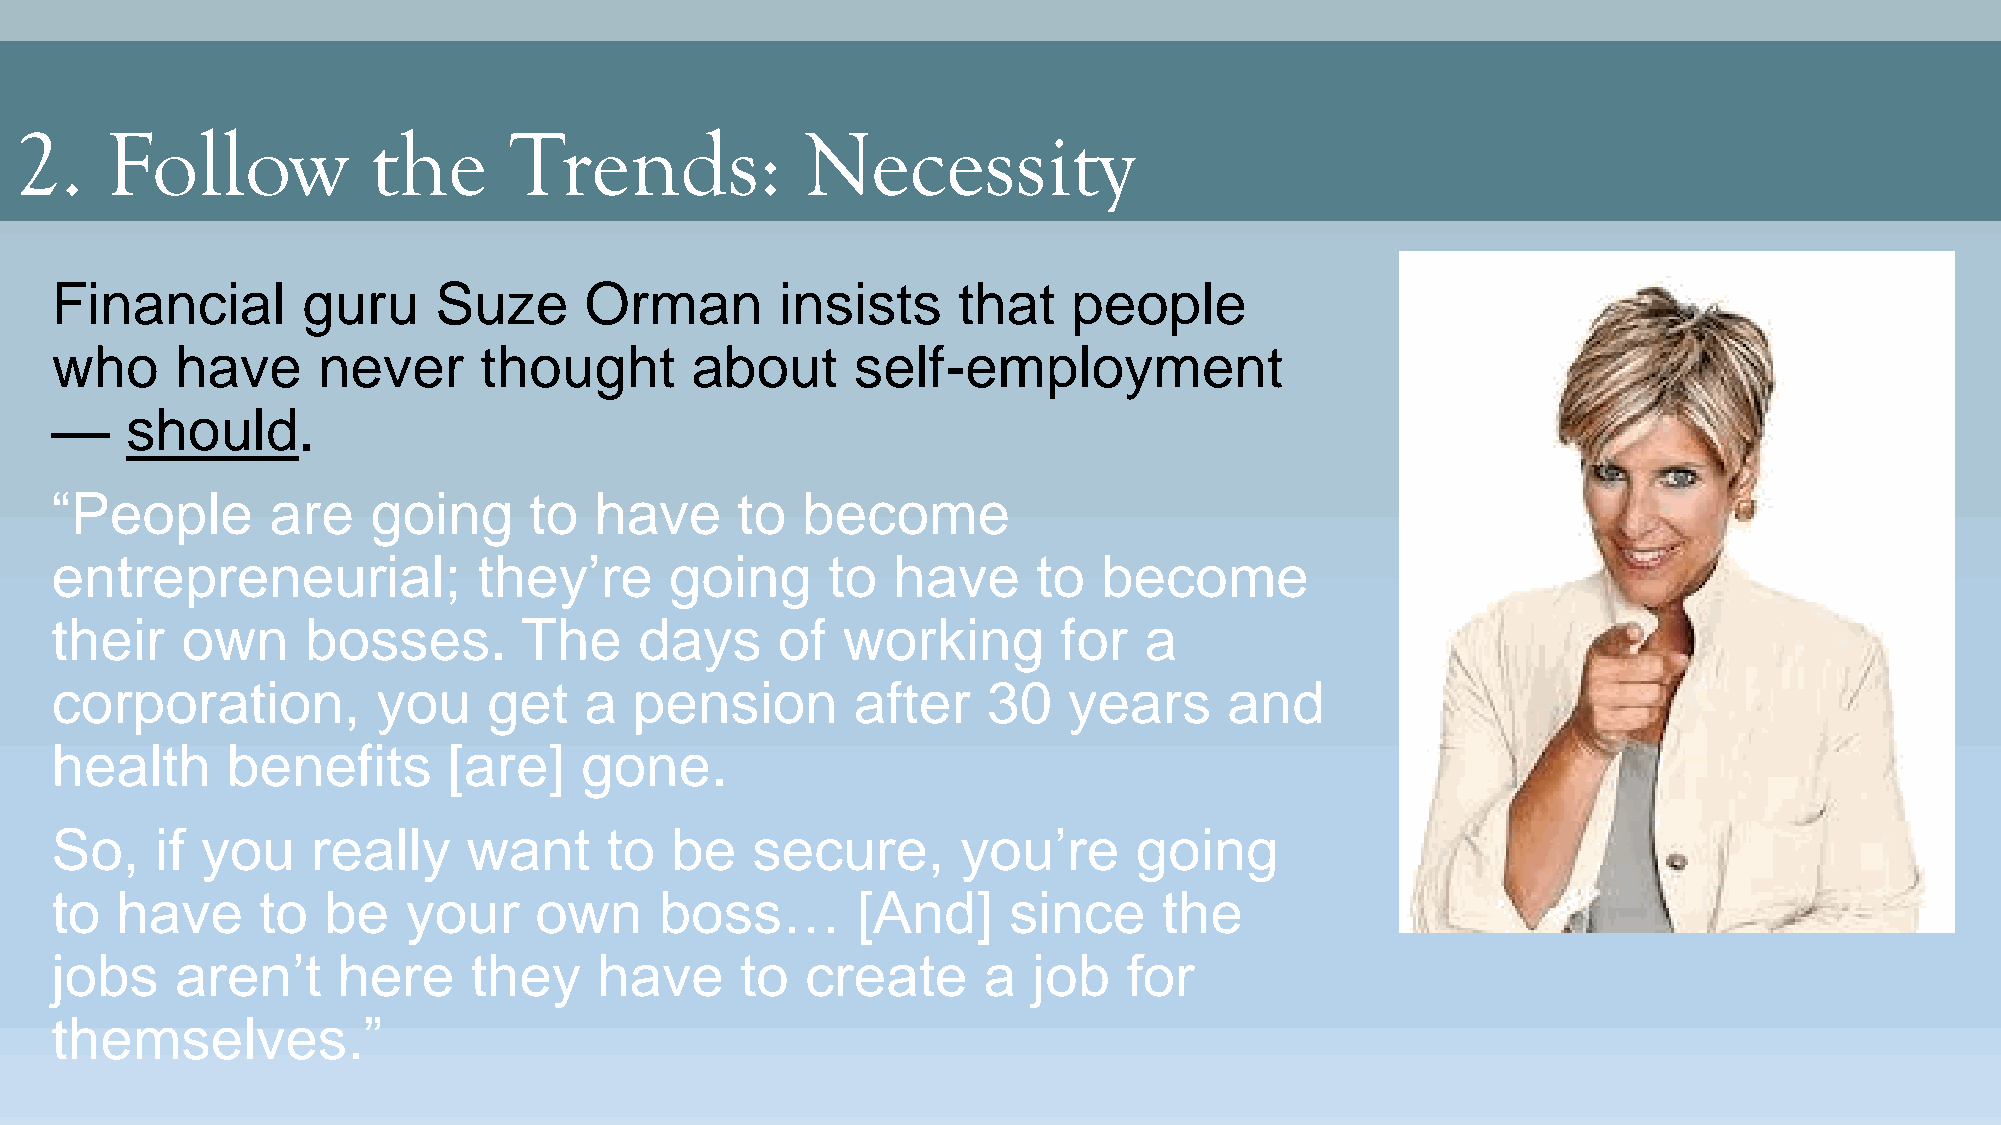
2.    Follow            the      Trends:            Necessity
 Financial        guru     Suze      Orman        insists    that    people
 who      have     never      thought       about      self-employment
 —    should.
 “People        are    going     to  have      to  become
 entrepreneurial;             they’re     going      to  have      to  become
 their    own     bosses.       The     days     of   working       for   a
 corporation,          you    get    a  pension       after    30    years     and
 health      benefits       [are]   gone.
 So,    if you     really    want     to  be    secure,       you’re     going
 to   have     to  be    your    own      boss…        [And]     since     the
 jobs     aren’t    here     they     have     to  create      a  job    for
 themselves.”